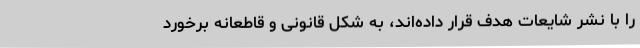
را با نشر شایعات هدف قرار داده‌اند، به شکل قانونی و قاطعانه برخورد